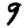
Digit: 9